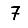
Digit: 7